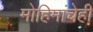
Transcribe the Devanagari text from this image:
मोहिमांचेही